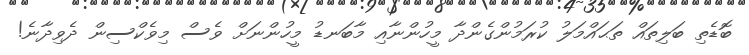
ބޮޑެތި ބަލިތައް ތަޙައްމަލު ކުރަމުންގެންދާ މީހުންނާއި މާބަނޑު މީހުންނަށް ވެސް މިވެކްސިން ދެވިދާނެ!